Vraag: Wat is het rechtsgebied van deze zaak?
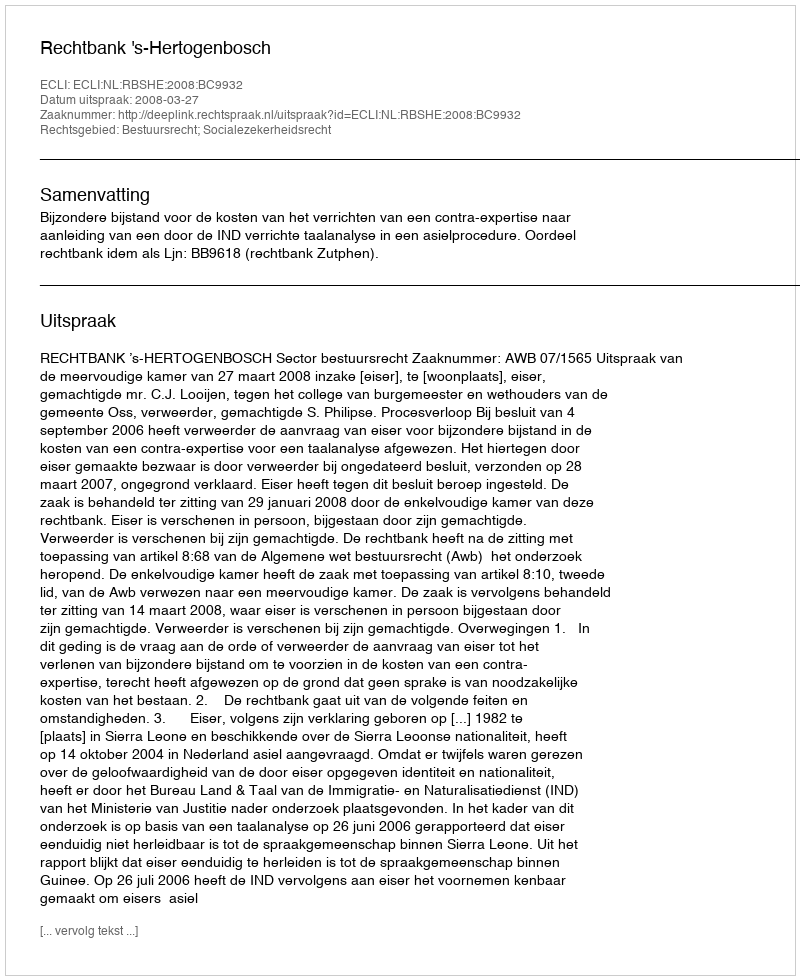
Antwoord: Bestuursrecht; Socialezekerheidsrecht